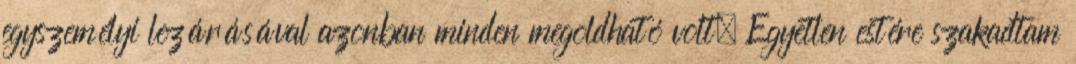
egyszemélyi lezárásával azonban minden megoldható volt. Egyetlen estére szakadtam